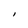
Character: I